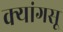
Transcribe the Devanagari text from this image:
क्यांगसू